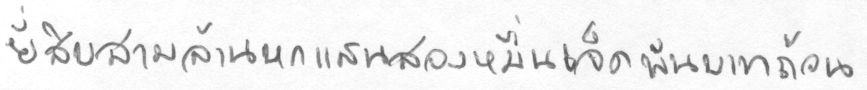
ยี่สิบสามล้านหกแสนสองหมื่นเจ็ดพันบาทถ้วน